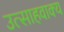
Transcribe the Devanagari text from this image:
उत्साहवाक्य